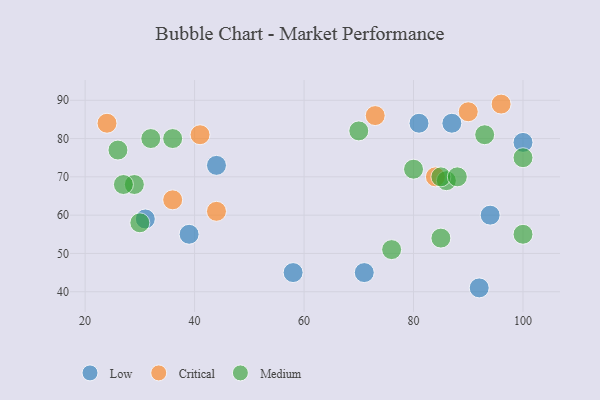
{"axis": {"x": "GDP", "y": "Life Expectancy"}, "legend": ["Critical", "Low", "Medium"], "data": [{"x": "58", "y": 45, "type": "Low"}, {"x": "44", "y": 73, "type": "Low"}, {"x": "94", "y": 60, "type": "Low"}, {"x": "87", "y": 84, "type": "Low"}, {"x": "31", "y": 59, "type": "Low"}, {"x": "81", "y": 84, "type": "Low"}, {"x": "100", "y": 79, "type": "Low"}, {"x": "71", "y": 45, "type": "Low"}, {"x": "92", "y": 41, "type": "Low"}, {"x": "39", "y": 55, "type": "Low"}, {"x": "96", "y": 89, "type": "Critical"}, {"x": "24", "y": 84, "type": "Critical"}, {"x": "84", "y": 70, "type": "Critical"}, {"x": "36", "y": 64, "type": "Critical"}, {"x": "44", "y": 61, "type": "Critical"}, {"x": "41", "y": 81, "type": "Critical"}, {"x": "90", "y": 87, "type": "Critical"}, {"x": "73", "y": 86, "type": "Critical"}, {"x": "32", "y": 80, "type": "Medium"}, {"x": "36", "y": 80, "type": "Medium"}, {"x": "85", "y": 54, "type": "Medium"}, {"x": "29", "y": 68, "type": "Medium"}, {"x": "93", "y": 81, "type": "Medium"}, {"x": "76", "y": 51, "type": "Medium"}, {"x": "70", "y": 82, "type": "Medium"}, {"x": "86", "y": 69, "type": "Medium"}, {"x": "85", "y": 70, "type": "Medium"}, {"x": "100", "y": 55, "type": "Medium"}, {"x": "100", "y": 75, "type": "Medium"}, {"x": "88", "y": 70, "type": "Medium"}, {"x": "80", "y": 72, "type": "Medium"}, {"x": "26", "y": 77, "type": "Medium"}, {"x": "27", "y": 68, "type": "Medium"}, {"x": "30", "y": 58, "type": "Medium"}]}